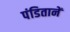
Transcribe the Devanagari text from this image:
पंडितानें